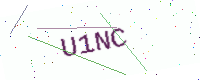
Text: U1NC